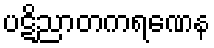
ပဋိညာတကရဏေန